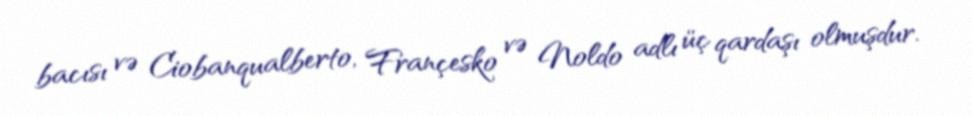
bacısı və Ciobanqualberto, Françesko və Noldo adlı üç qardaşı olmuşdur.